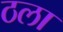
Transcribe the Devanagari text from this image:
ठला